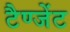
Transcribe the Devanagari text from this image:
टैण्जेंट